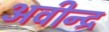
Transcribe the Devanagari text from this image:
अवीन्द्र